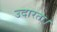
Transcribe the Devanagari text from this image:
उदारता।